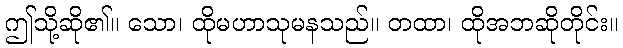
ဤသို့ဆို၏။ သော၊ ထိုမဟာသုမနသည်။ တထာ၊ ထိုအဘဆိုတိုင်း။